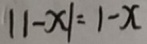
\vert 1 - x \vert = 1 - x